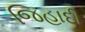
જિહાદી